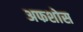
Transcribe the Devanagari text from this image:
अफशोस